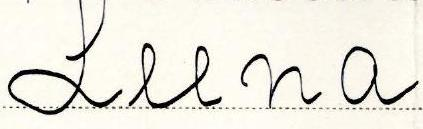
Leena